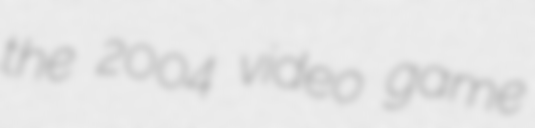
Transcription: the 2004 video game